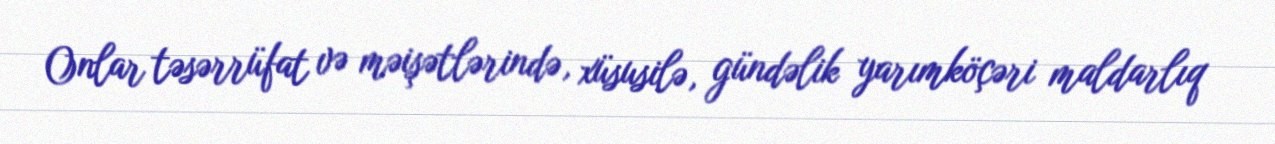
Onlar təsərrüfat və məişətlərində, xüsusilə, gündəlik yarımköçəri maldarlıq